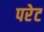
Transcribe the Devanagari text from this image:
परेट